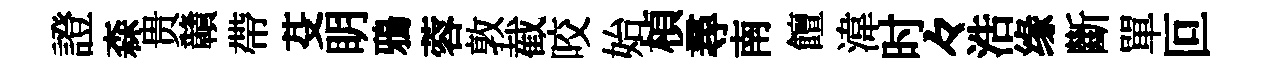
證森贵贛帶芟眀鴉蓉敦截咬始楨尋南饘湋时々浩缘斷單叵